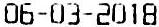
06-03-2018